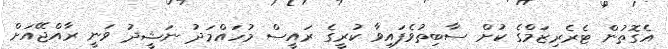
އެގޮތުން ޓެރެރިޒަމްގެ ކުށް ސާބިތުވެފައިވާ ކުރީގެ ރައީސް މުހައްމަދު ނަޝީދު ވަނީ ރާއްޖޭއަށް